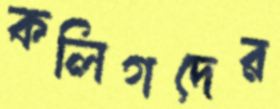
কলিগদের